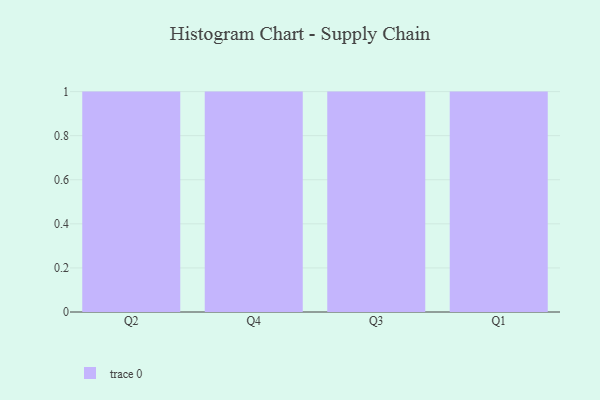
{"axis": {"x": "Quarter", "y": "Bounce Rate (%)"}, "legend": [""], "data": [{"x": "Q2", "y": 38, "type": ""}, {"x": "Q4", "y": 1, "type": ""}, {"x": "Q3", "y": 40, "type": ""}, {"x": "Q1", "y": 25, "type": ""}]}